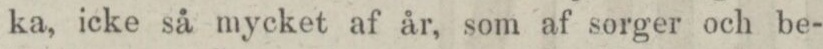
ka, icke så mycket af år, som af sorger och be-